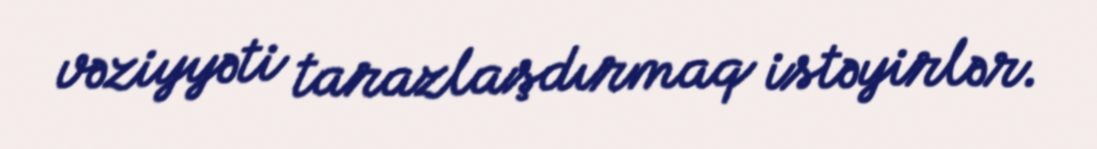
vəziyyəti tarazlaşdırmaq istəyirlər.